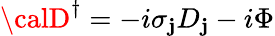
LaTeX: {\calD}^{\dagger}=-i\sigma_{\mathbf{j}}D_{\mathbf{j}}-i\Phi